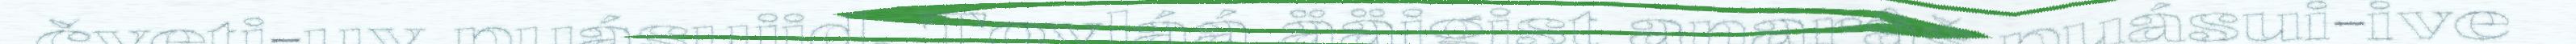
čyeti-uv puásujid. Tovláá ääigist anarâš puásui-ive